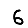
Digit: 6